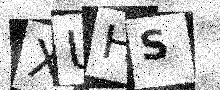
Text: XUHS